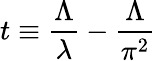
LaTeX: t\equiv\frac{\Lambda}{\lambda}-\frac{\Lambda}{\pi^{2}}